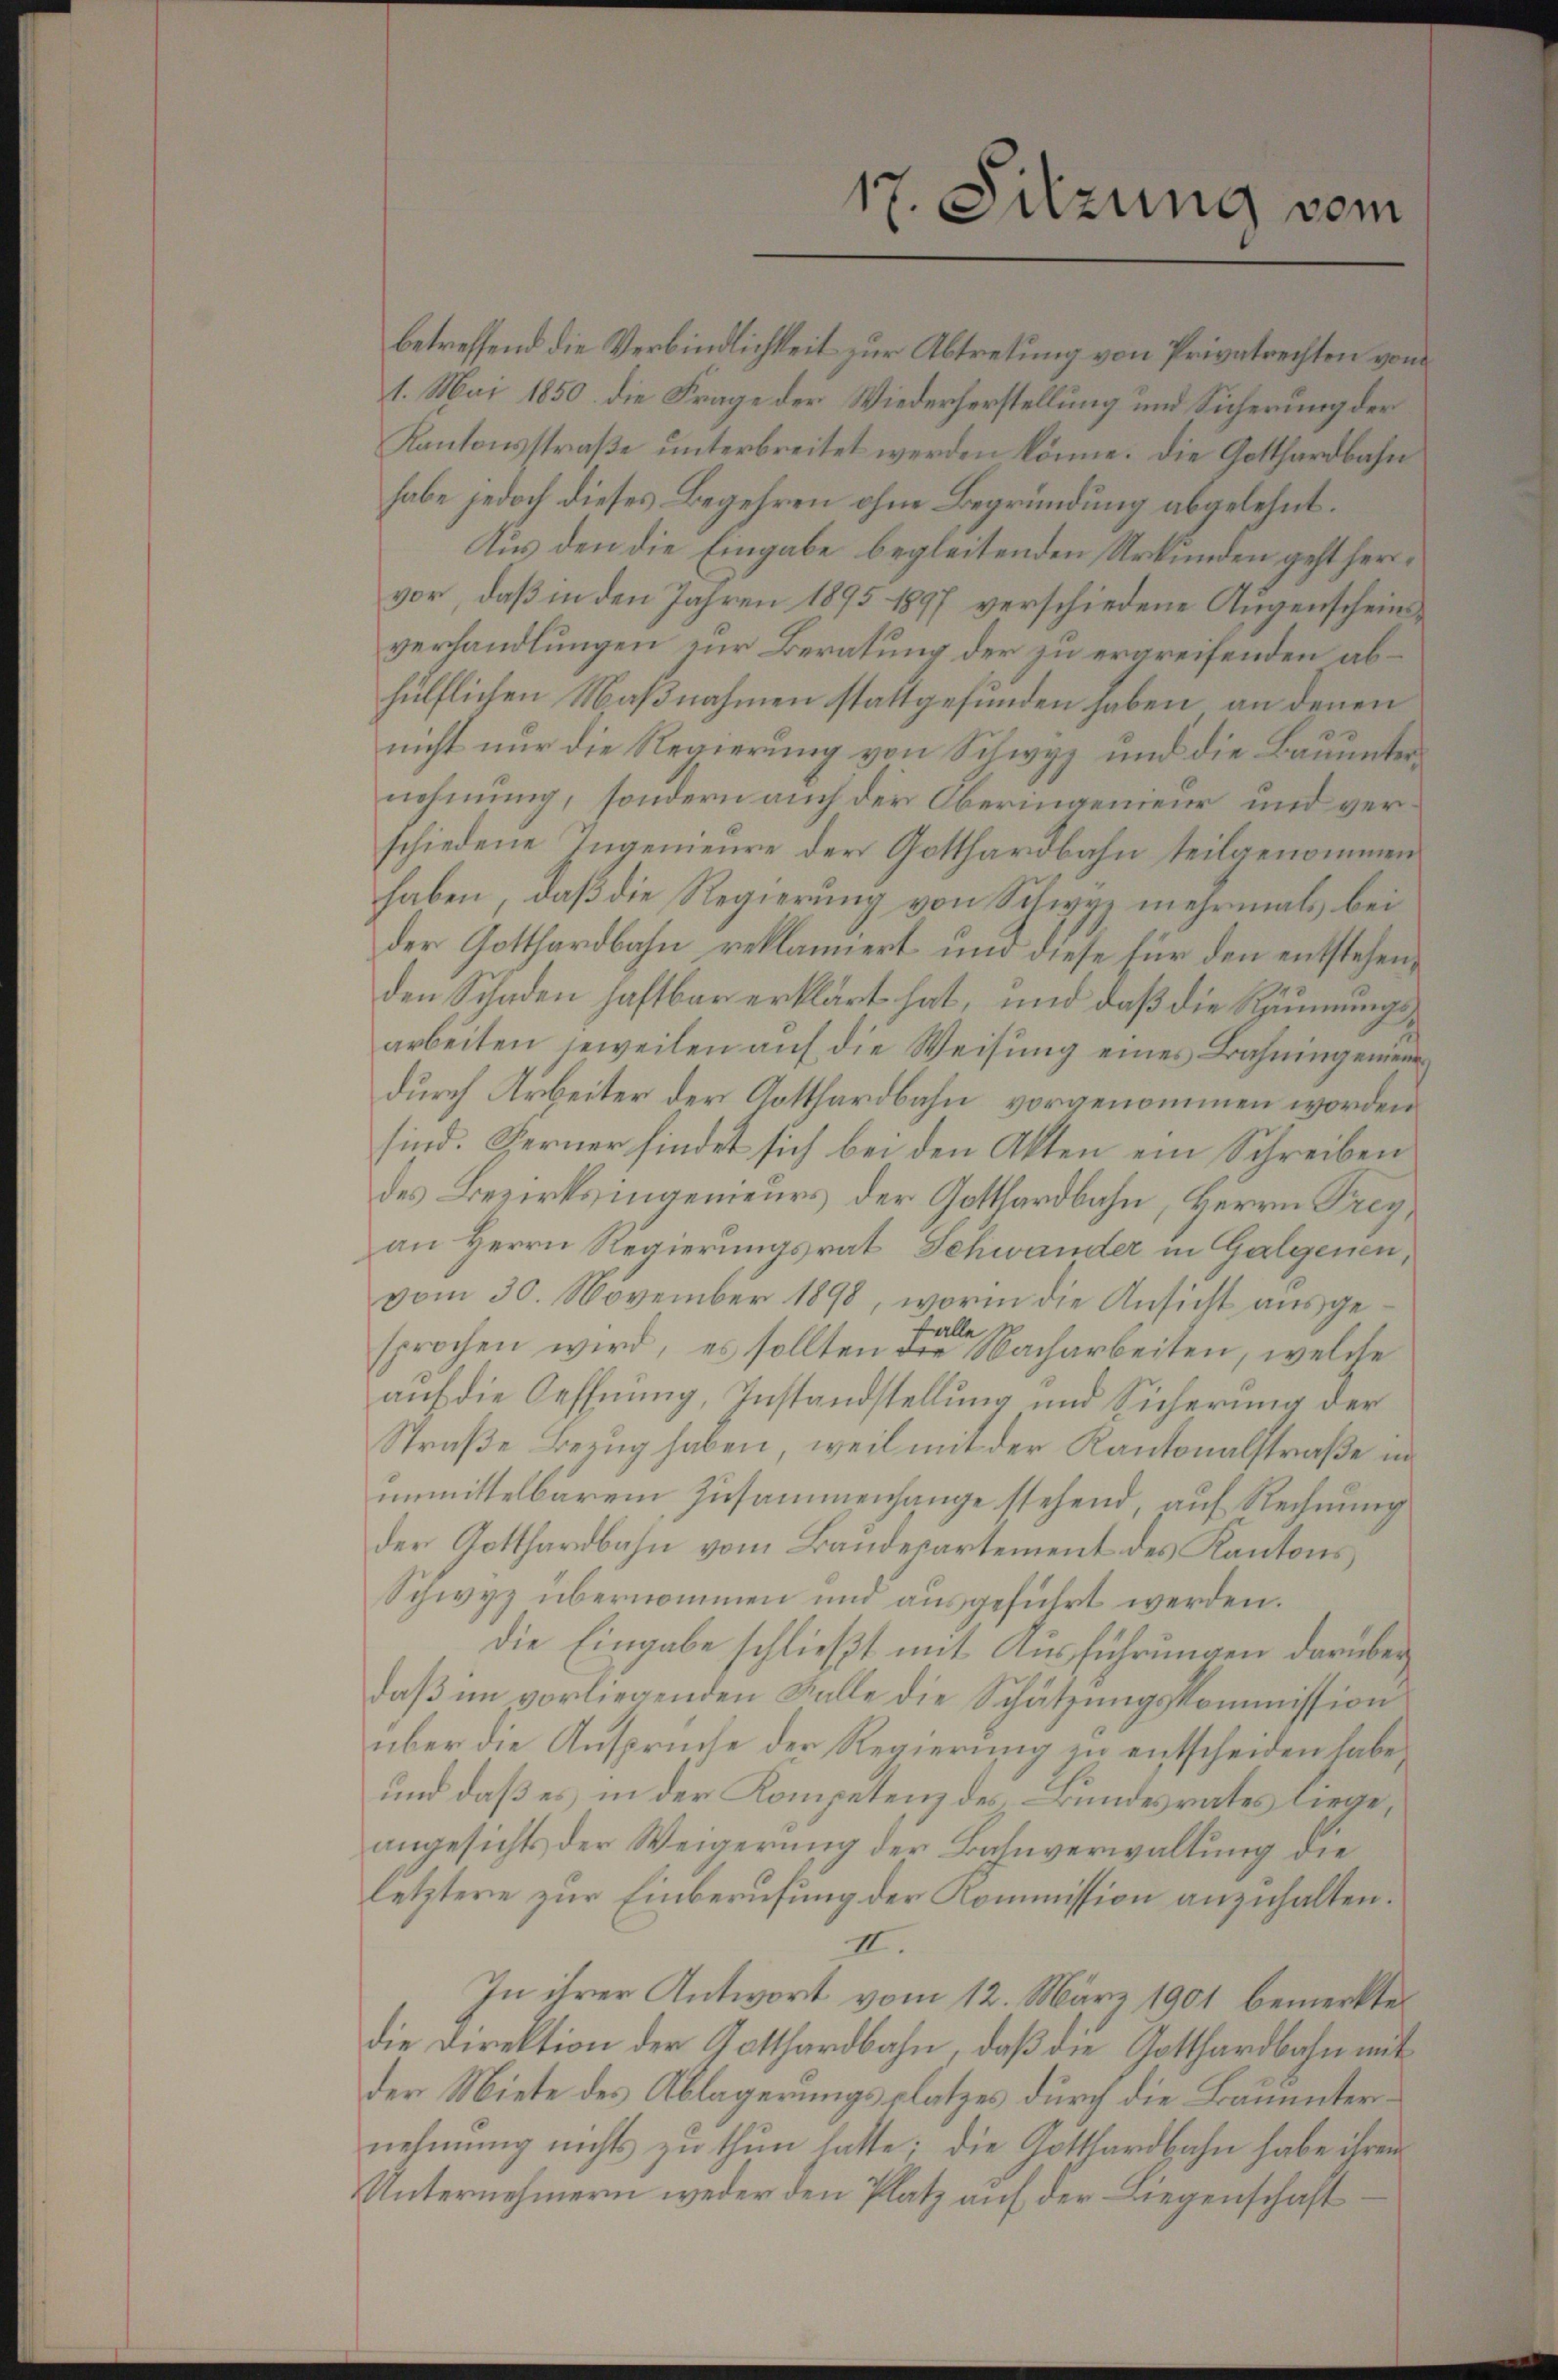
betreffend die Verbindlichkeit zur Abtretung von Privatrechten von
1. Mai 1850 die Frage der Wiederherstellung und Sicherung der
Kantonsstraße unterbreitet werden könne. Die Gotthardbahn
habe jedoch dieses Begehren ohne Begründung abgelehnt.
Aus den die Eingabe begleitenden Urkunden geht hervor, daß in den Jahren 1895 1897 verschiedene Augenscheinsverhandlungen zur Beratung der zu ergreifenden abhülflichen Maßnahmen stattgefunden haben, an denen
nicht nur die Regierung von Schwyz und die Bauunternehmung, sondern auch der Oberingenieur und verschiedene Ingenieure der Gotthardbahn teilgenommen
haben, daß die Regierung von Schwyz mehrmals bei
der Gotthardbahn reklamiert und diese für den entstehenden Schaden haftbar erklärt hat, und daß die Räumungsarbeiten jeweilen auf die Weisung eines Bahningemein
durch Arbeiter der Gotthardbahn vorgenommen worden.
sind. Ferner findet sich bei den Akten ein Schreiben
des Bezirksingenieurs der Gotthardbahn, Herrn Frey,
an Herrn Regierungsrat Schwander in Galgenen,
vom 30. November 1898, worin die Ansicht aŭsge-
falle
sprochen wird, es sollten die Nacharbeiten, welche
auf die Oeffnung, Instandstellung und Sicherung der
Straße Bezug haben, weil mit der Kantonalstraße im
unmittelbarem Zusammenhange stehend, auf Rechnung
der Gotthardbahn vom Bandepartement des Kantons
Schwyz übernommen und ausgeführt werden.
die Eingabe schließt mit Ausführungen darüber
daß im vorliegenden Falle die Schätzungskommission
über die Ansprüche der Regierung zu entscheiden habe,
und daß es in der Kompetenz des Bundesrates liege,
angesichts der Weigerung der Bahnverwaltung die
letztere zur Einberufung der Kommission anzuhalten.
II.
In ihrer Antwort vom 12. März 1901 bemerkte
die Direktion der Gotthardbahn, daß die Gotthardbahn mit
der Miete des Ablagerungsplatzes durch die Bauunternehmung nichts zu thun hatte; die Gotthardbahn habe ihrem
Unternehmern weder den Platz auf der Liegenschaft

17. Sitzung vom